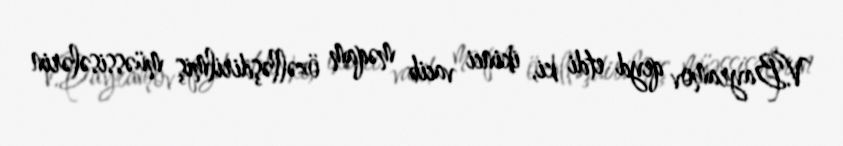
V.Bayramov qeyd etdi ki, ikinci vacib məqam özəlləşdirilmiş müəssisələrin